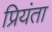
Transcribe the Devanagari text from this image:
प्रियंता